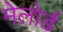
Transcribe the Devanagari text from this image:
मेलोर्ड